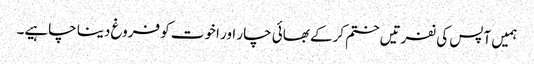
ہمیں آپس کی نفرتیں ختم کرکے بھائی چار اور اخوت کو فروغ دینا چاہیے۔